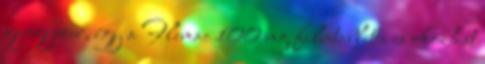
gyógyszer, így a Flemac 100 mg filmtabletta is okozhat